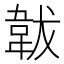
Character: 韍